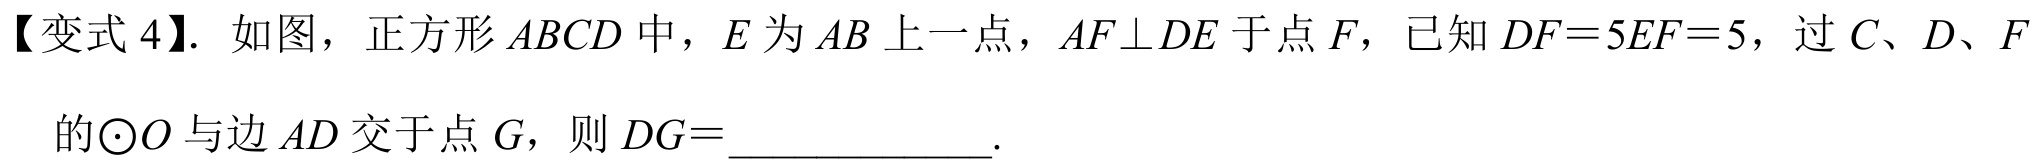
【变式4】. 如图，正方形\(ABCD\)中，\(E\)为\(AB\)上一点，\(AF\perp DE\)于点\(F\)，已知\(DF = 5EF = 5\)，过\(C\)、\(D\)、\(F\)的\(\odot O\)与边\(AD\)交于点\(G\)，则\(DG =\)____________.